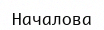
Началова